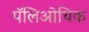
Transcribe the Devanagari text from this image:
पॅलिओथिक